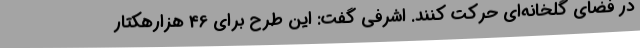
در فضای گلخانه‌ای حرکت کنند. اشرفی گفت: این طرح برای 46 هزارهکتار